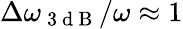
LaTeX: \Delta\omega_{\mathrm{~3~d~B~}}/\omega\approx 1